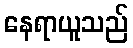
နေရာယူသည်